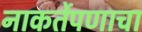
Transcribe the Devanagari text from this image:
नाकर्तेपणाचा